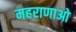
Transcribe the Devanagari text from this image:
महराणाओ